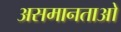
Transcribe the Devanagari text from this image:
असमानताओ